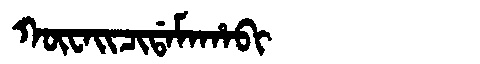
Manchu: ᡴᡡᠸᠠᡳᠴᡳᡩᠠᠮᠠᡥᠠᠪᡳ
Romanization: KŪWAICIDAMAHABI